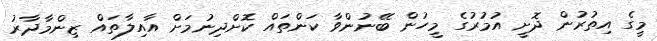
މީގެ އިތުރުން ދޮށީ އުމުރުގެ މީހުން ބޭނުންވާ ކަންތައް ކޮށްދިނުމަށް އާއިލާތައް ޒިންމާދާރު